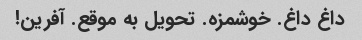
داغ داغ. خوشمزه. تحویل به موقع. آفرین!